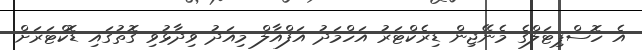
އެ ހޮސްޕިޓަލްގެ މެނޭޖިން ޑިރެކްޓަރު އަހްމަދު އަފްއާލް މިއަދު ވިދާޅުވި ގޮތުގައި ޑޮކްޓަރަށް